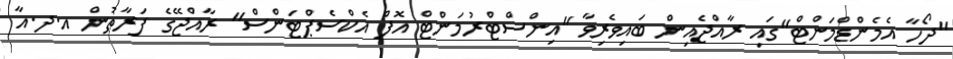
"ދޯހާ އެމެންޑްމަންޓް"ގައި ރާއްޖެއިން ބައިވެރިވާ "އިންސްޓްރުމަންޓް އޮފް އެކްސެޕްޓަންސް" ރާއްޖޭގެ ފަރާތުން އ.ދ.އާ